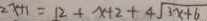
2 x + 1 = 1 2 + x + 2 + 4 \sqrt { 3 x + 6 }